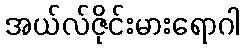
အယ်လ်ဇိုင်းမားရောဂါ